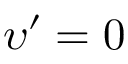
\upsilon ^ { \prime } = 0